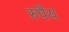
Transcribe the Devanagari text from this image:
रुपैय